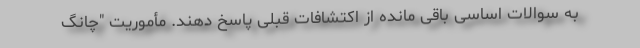
به سوالات اساسی باقی مانده از اکتشافات قبلی پاسخ دهند. مأموریت "چانگ